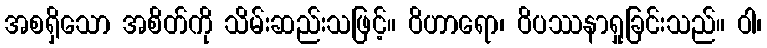
အစရှိသော အစိတ်ကို သိမ်းဆည်းသဖြင့်။ ဝိဟာရော၊ ဝိပဿနာရှုခြင်းသည်။ ဝါ၊